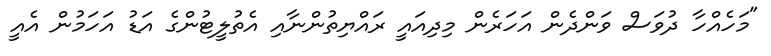
"މަހެއްހާ ދުވަސް ވަންދެން އަހަރެން މިދިއައީ ރައްޔިތުންނާއި އެތުލީޓުންގެ އަޑު އަހަމުން އެއީ